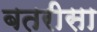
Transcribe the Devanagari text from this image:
बतरीसा